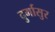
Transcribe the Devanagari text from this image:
दुर्गासुर